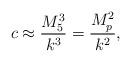
LaTeX: \begin{align*}c \approx \frac{M_5 ^3}{k^3} = \frac{M_p ^2}{k^2} ,\end{align*}